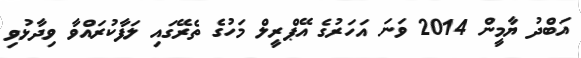
އަބްދު ޔާމީން 2014 ވަަނަ އަހަރުގެ އޭޕްރީލް މަހުގެ ތެރޭގައި ލަފާކުރައްވާ ވިދާޅުވި